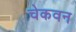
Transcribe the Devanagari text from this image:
चेकवन